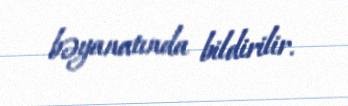
bəyanatında bildirilir.